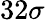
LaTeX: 32\sigma